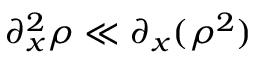
\partial _ { x } ^ { 2 } \rho \ll \partial _ { x } ( \rho ^ { 2 } )